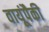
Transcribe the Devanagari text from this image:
वायूंपैकी